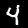
Label: 4